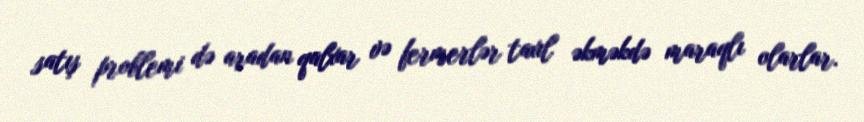
satış problemi də aradan qalxar və fermerlər taxıl əkməkdə maraqlı olarlar.